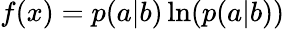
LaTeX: f(x)=p(a|b)\ln(p(a|b))